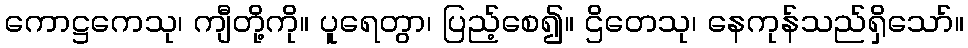
ကောဋ္ဌကေသု၊ ကျီတို့ကို။ ပူရေတွာ၊ ပြည့်စေ၍။ ဌိတေသု၊ နေကုန်သည်ရှိသော်။